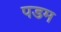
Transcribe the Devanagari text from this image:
पडम